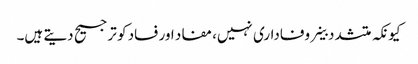
کیونکہ متشدد خلیے وفاداری نہیں، مفاد اور فساد کو ترجیح دیتے ہیں۔